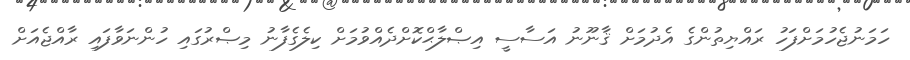
ހަމަނުޖެހުމަށްފަހު ރައްޔިތުންގެ އެދުމަށް ޤާނޫނު އަސާސީ އިޞްލާޙްކޮށްދެއްވުމަށް ކިލެގެފާނު މިޞްރުގައި ހުންނަވާފައި ރާއްޖެއަށް